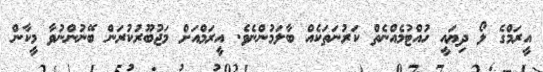
އީރަމްގެ ލޯ ދިޔައީ ހުއްޓުމެއްނެތް ކަރުނަތަކެއް ބާލަމުންނެވެ. އީރަމްއަށް މަޖުބޫރުކުރަން ބޭނުންނުވާ މީކާން